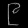
Digit: ၉